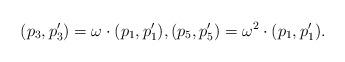
LaTeX: \begin{align*}(p_3,p'_3)=\omega\cdot (p_1,p'_1),(p_5,p'_5)=\omega^2\cdot (p_1,p'_1).\end{align*}